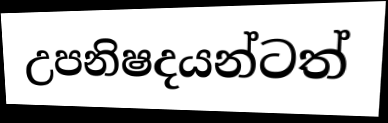
උපනිෂදයන්ටත්